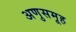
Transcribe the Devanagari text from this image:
अणुसमूह